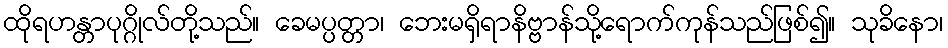
ထိုရဟန္တာပုဂ္ဂိုလ်တို့သည်။ ခေမပ္ပတ္တာ၊ ဘေးမရှိရာနိဗ္ဗာန်သို့ရောက်ကုန်သည်ဖြစ်၍။ သုခိနော၊